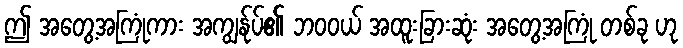
ဤ အတွေ့အကြုံကား အကျွန်ုပ်၏ ဘဝဝယ် အထူးခြားဆုံး အတွေ့အကြုံ တစ်ခု ဟု